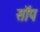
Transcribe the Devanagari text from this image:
सॉप